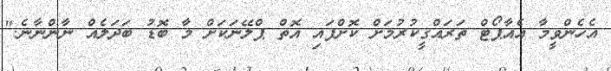
އެހެންވީމާ އެއާޕޯޓް ތަރައްގީކުރުމަށް ކޮށްފައި އޮތް ޕްލޭނަކަށް މާ ބޮޑު ބަދަލެއް ނާންނާނެ."